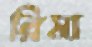
রিমা